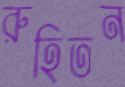
রুহিতন